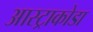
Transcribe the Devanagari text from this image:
आस्ट्राकोडा